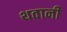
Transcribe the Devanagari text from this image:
थवानी